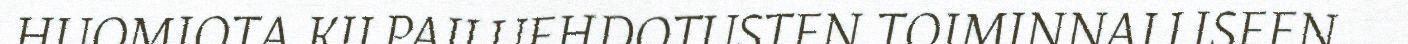
HUOMIOTA KILPAILUEHDOTUSTEN TOIMINNALLISEEN